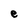
Character: e